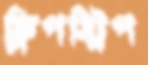
ফ্লিপস্ট্রিপ